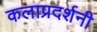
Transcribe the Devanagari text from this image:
कलाप्रदर्शनी